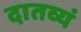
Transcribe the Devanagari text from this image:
दातव्यं